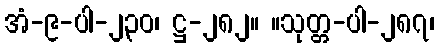
အံ-၉-ပါ-၂၃၀၊ ဋ္ဌ-၂၈၂။ ။သုတ္တ-ပါ-၂၈၇၊